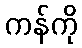
ကန်ကို